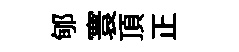
郇寰頂正